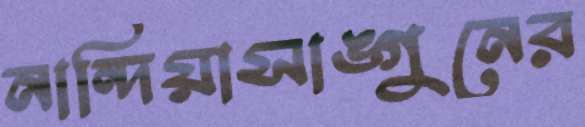
নান্দিয়াসাঙ্গুনের